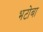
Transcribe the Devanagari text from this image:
भटोबा